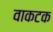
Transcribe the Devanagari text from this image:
वाकटक